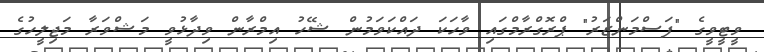
ވީޓީވީގެ "ފަސްމަންޒަރު" ޕްރޮގްރާމްގައި ވާހަކަ ދައްކަވަމުން ޝޭހު އިމްރާން ވިދާޅުވީ މަޝްވަރާ މަޖިލީހުގެ